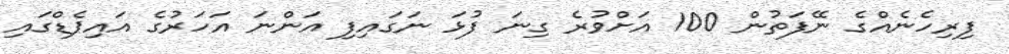
ފިރިހެނެއްގެ ނޭފަތުން 100 އަށްވުރެ ގިނަ ފުޅަ ނަގައިފި އަންނަ އަހަރުގެ އައިޕެޑްގައި